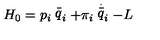
H _ { 0 } = p _ { i } \stackrel { \_ } { q } _ { i } + \pi _ { i } \stackrel { \stackrel { . } { \_ } } { q } _ { i } - L